Indian journal of veterinary science and animal husbandry - Volume 8,
Year: 1938
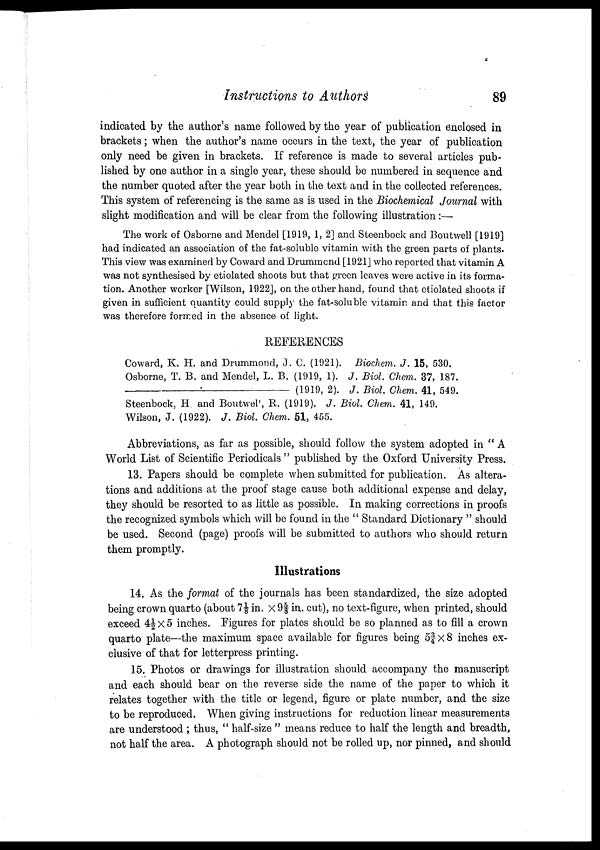
Instructions to Authors
89
indicated by the author's name followed by the year of publication enclosed in
brackets; when the author's name occurs in the text, the year of publication
only need be given in brackets. If reference is made to several articles pub
lished by one author in a single year, these should be numbered in sequence and
the number quoted after the year both in the text and in the collected references.
This system of referencing is the same as is used in the Biochemical Journal with
slight modification and will be clear from the following illustration :—
The work of Osborne and Mendel [1919, 1, 2] and Steenbock and Boutwell [1919]
had indicated an association of the fat-soluble vitamin with the green parts of plants.
This view was examined by Coward and Drummond [1921] who reported that vitamin A
was not synthesised by etiolated shoots but that green leaves were active in its forma
tion. Another worker [Wilson, 1922], on the other hand, found that etiolated shoots if
given in sufficient quantity could supply the fat-soluble vitamin and that this factor
was therefore formed in the absence of light.
REFERENCES
Coward, K. H. and Drummond, J. C. (1921). Biochem. J. 15, 530.
Osborne, T. B. and Mendel, L. B. (1919, 1). J. Biol. Chem. 37, 187.
—————————————
(1919, 2). J. Biol. Chem. 41, 549.
Steenbock, H. and Boutwel, R. (1919). J. Biol. Chem. 41, 149.
Wilson, J. (1922). J. Biol. Chem. 51, 455.
Abbreviations, as far as possible, should follow the system adopted in " A
World List of Scientific Periodicals " published by the Oxford University Press.
13. Papers should be complete when submitted for publication. As altera
tions and additions at the proof stage cause both additional expense and delay,
they should be resorted to as little as possible. In making corrections in proofs
the recognized symbols which will be found in the " Standard Dictionary " should
be used. Second (page) proofs will be submitted to authors who should return
them promptly.
Illustrations
14. As the format of the journals has been standardized, the size adopted
being crown quarto (about 7⅛ in. × 9⅝ in. cut), no text-figure, when printed, should
exceed 4½ × 5 inches. Figures for plates should be so planned as to fill a crown
quarto plate—the maximum space available for figures being 5¾ x8 inches ex
clusive of that for letterpress printing.
15. Photos or drawings for illustration should accompany the manuscript
and each should bear on the reverse side the name of the paper to which it
relates together with the title or legend, figure or plate number, and the size
to be reproduced. When giving instructions for reduction linear measurements
are understood ; thus, " half-size " means reduce to half the length and breadth,
not half the area. A photograph should not be rolled up, nor pinned, and should